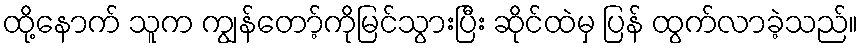
ထို့နောက် သူက ကျွန်တော့်ကိုမြင်သွားပြီး ဆိုင်ထဲမှ ပြန် ထွက်လာခဲ့သည်။